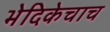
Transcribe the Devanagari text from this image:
भेदिकेचाच